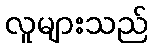
လူများသည်